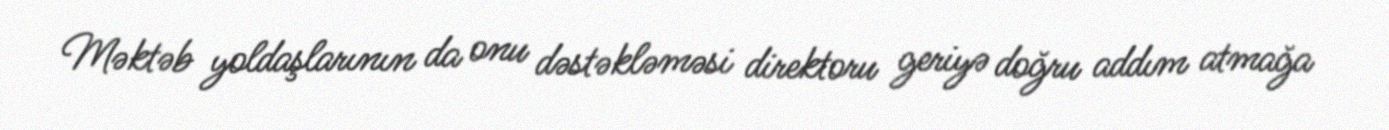
Məktəb yoldaşlarının da onu dəstəkləməsi direktoru geriyə doğru addım atmağa